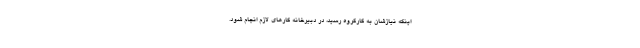
اینکه نیازشان به کارگروه رسید، در دبیرخانه کارهای لازم انجام شود.